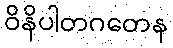
ဝိနိပါတဂတေန